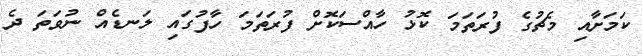
ކަމަށާއި މެޗުގެ ފުރަތަމަ ކޮޅު ހާއްސަކޮށް ފުރަތަމަ ހާފުގައި ލަނޑެއް ނުވަތަ ދެ